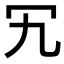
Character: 𠕴